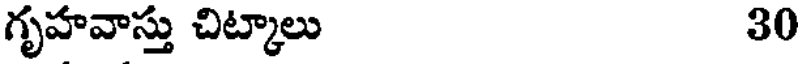
గృహవాస్తు చిట్కాలు 30